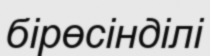
бірөсінділі